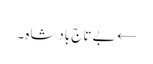
← بے تاج بادشاہ ۔